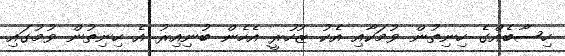
ހިސާބެއްގެ ހިނިތުން ވުމަކާއި އެކު ޒުހުރީ އެހެން ބުނިއިރު އެ ހިނިތުން ވުމުގައި